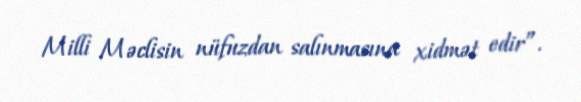
Milli Məclisin nüfuzdan salınmasına xidmət edir”.